Indian journal of veterinary science and animal husbandry - Volume 13,
Year: 1943
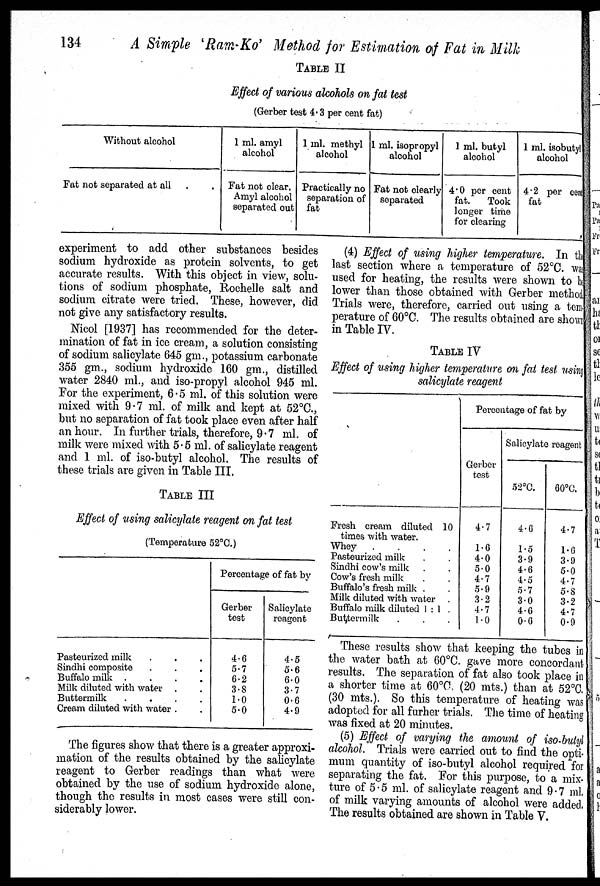
134
A Simple 'Ram-Ko' Method for Estimation of Fat in Milk
TABLE II
Effect of various alcohols on fat test
(Gerber test 4.3 per cent fat)
Without alcohol
Fat not separated at all . .
1 ml. amyl
alcohol
Fat not clear.
Amyl alcohol
separated out
1 ml. methyl
alcohol
Practically no
separation of
fat
1 ml. isopropyl
alcohol
Fat not clearly
separated
1 ml. butyl
alcohol
4.0 per cent
fat.
Took
longer time
for clearing
1 ml. isobutyl
alcohol
4.2 per cent
fat
experiment to add other substances besides
sodium hydroxide as protein solvents, to get
accurate results. With this object in view, solu-
tions of sodium phosphate, Rochelle salt and
sodium citrate were tried. These, however, did
not give any satisfactory results.
Nicol [1937] has recommended for the deter-
mination of fat in ice cream, a solution consisting
of sodium salicylate 645 gm., potassium carbonate
355 gm., sodium hydroxide 160 gm., distilled
water 2840 ml., and iso-propyl alcohol 945 ml.
For the experiment, 6.5 ml. of this solution were
mixed with 9.7 ml. of milk and kept at 52°C.,
but no separation of fat took place even after half
an hour. In further trials, therefore, 9.7 ml. of
milk were mixed with 5.5 ml. of salicylate reagent
and 1 ml. of iso-butyl alcohol. The results of
these trials are given in Table III.
TABLE III
Effect of using salicylate reagent on fat test
(Temperature 52°C.)
Pasteurized milk . . .
Sindhi composite . . .
Buffalo milk
.
.
.
.
Milk diluted with water . .
Buttermilk
.
.
.
.
Cream diluted with water . .
Percentage of fat by
Gerber
test
4.6
5.7
6.2
3.8
1.0
5.0
Salicylate
reagent
4.5
5.6
6.0
3.7
0.6
4.9
The figures show that there is a greater approxi-
mation of the results obtained by the salicylate
reagent to Gerber readings than what were
obtained by the use of sodium hydroxide alone,
though the results in most cases were still con-
siderably lower.
(4) Effect of using higher temperature. In the
last section where a temperature of 52°C. was
used for heating, the results were shown to be
lower than those obtained with Gerber method.
Trials were, therefore, carried out using a tem
perature of 60°C. The results obtained are shown
in Table IV.
TABLE IV
Effect of using higher temperature on fat test using
salicylate reagent
Fresh cream diluted 10
times with water.
Whey
.
.
.
.
Pasteurized milk . .
Sindhi cow's milk . .
Cow's fresh milk . .
Buffalo's fresh milk . .
Milk diluted with water .
Buffalo milk diluted 1:1 .
Buttermilk . . .
Percentage of fat by
Gerber
test
4.7
1.6
4.0
5.0
4.7
5.9
3.2
4.7
1.0
Salicylate reagent
52°C.
4.6
1.5
3.9
4.6
4.5
5.7
3.0
4.6
0.6
60°C.
4.7
1.6
3.9
5.0
4.7
5.8
3.2
4.7
0.9
These results show that keeping the tubes in
the water bath at 60°C. gave more concordant
results. The separation of fat also took place in
a shorter time at 60°C, (20 mts.) than at 52°C.
(30 mts.). So this temperature of heating was
adopted for all furher trials. The time of heating
was fixed at 20 minutes.
(5) Effect of varying the amount of iso-butyl
alcohol. Trials were carried out to find the opti-
mum quantity of iso-butyl alcohol required for
separating the fat. For this purpose, to a mix-
ture of 5.5 ml. of salicylate reagent and 9.7 ml.
of milk varying amounts of alcohol were added.
The results obtained are shown in Table V.